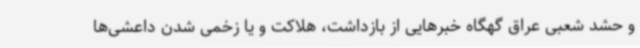
و حشد شعبی عراق گهگاه خبرهایی از بازداشت، هلاکت و یا زخمی شدن داعشی‌ها